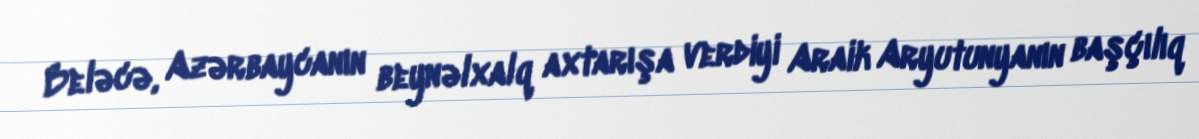
Beləcə, Azərbaycanın beynəlxalq axtarışa verdiyi Araik Aryutunyanın başçılıq